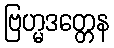
ဗြဟ္မဒတ္တေန